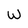
Character: w